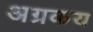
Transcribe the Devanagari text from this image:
अग्रकय